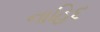
નાહિદ